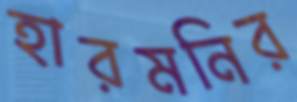
হারমনির